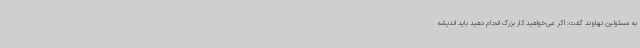
به مسئولین نهاوند گفت: اگر می‌خواهید کار بزرگ انجام دهید باید اندیشه